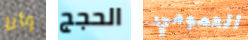
وأنا الحجج العمومي